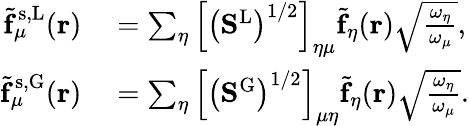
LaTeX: \begin{array}{rl}{\tilde{\mathbf{f}}_{\mu}^{\mathrm{s,L}}(\mathbf{r})}&{{}=\sum_{\eta}\left[\left(\mathbf{S}^{\mathrm{L}}\right)^{1/2}\right]_{\eta\mu}\tilde{\mathbf{f}}_{\eta}(\mathbf{r})\sqrt{\frac{\omega_{\eta}}{\omega_{\mu}}},}\\ {\tilde{\mathbf{f}}_{\mu}^{\mathrm{s,G}}(\mathbf{r})}&{{}=\sum_{\eta}\left[\left(\mathbf{S}^{\mathrm{G}}\right)^{1/2}\right]_{\mu\eta}\tilde{\mathbf{f}}_{\eta}(\mathbf{r})\sqrt{\frac{\omega_{\eta}}{\omega_{\mu}}}.}\end{array}